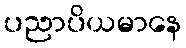
ပညာပိယမာနေ